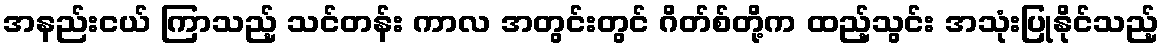
အနည်းငယ် ကြာသည့် သင်တန်း ကာလ အတွင်းတွင် ဂိတ်စ်တို့က ထည့်သွင်း အသုံးပြုနိုင်သည့်